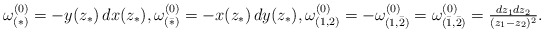
\begin{align*} \omega^{(0)}_{(*)}=-y(z_*)\,dx(z_*),\omega^{(0)}_{(\bar *)}=-x(z_*)\,dy(z_*), \omega^{(0)}_{(1,2)}=-\omega^{(0)}_{(1,\bar 2)}=\omega^{(0)}_{(\bar 1,\bar 2)}=\tfrac{dz_1dz_2}{(z_1-z_2)^2}.\end{align*}